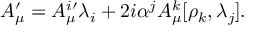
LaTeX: A _ { \mu } ^ { \prime } = A _ { \mu } ^ { i \prime } \lambda _ { i } + 2 i \alpha ^ { j } A _ { \mu } ^ { k } [ \rho _ { k } , \lambda _ { j } ] .